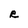
Character: R